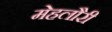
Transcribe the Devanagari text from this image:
मेहलौरी